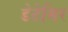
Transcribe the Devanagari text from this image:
डेटेमिर